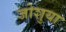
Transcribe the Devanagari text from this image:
जोशुया